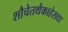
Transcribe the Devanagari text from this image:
शौचेतथैकाहेसद्यः